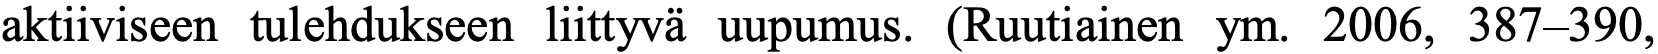
aktiiviseen tulehdukseen liittyvä uupumus. (Ruutiainen ym. 2006, 387–390,